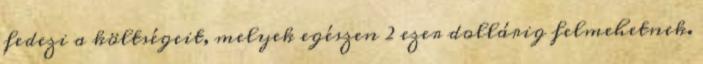
fedezi a költségeit, melyek egészen 2 ezer dollárig felmehetnek.